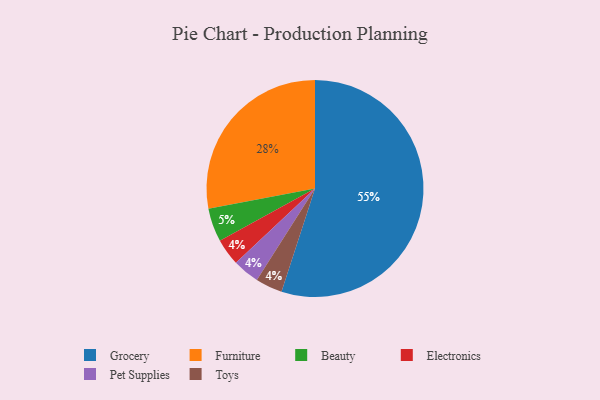
{"axis": {"x": "Category", "y": "Percentage"}, "legend": ["Beauty", "Electronics", "Furniture", "Grocery", "Pet Supplies", "Toys"], "data": [{"x": "Electronics", "y": 4, "type": "Electronics"}, {"x": "Grocery", "y": 55, "type": "Grocery"}, {"x": "Furniture", "y": 28, "type": "Furniture"}, {"x": "Beauty", "y": 5, "type": "Beauty"}, {"x": "Pet Supplies", "y": 4, "type": "Pet Supplies"}, {"x": "Toys", "y": 4, "type": "Toys"}]}